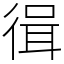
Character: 㣬